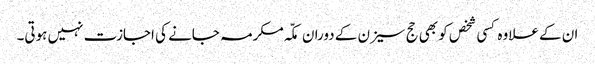
ان کے علاوہ کسی شخص کو بھی حج سیزن کے دوران مکّہ مکرمہ جانے کی اجازت نہیں ہوتی۔